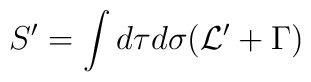
S'  = \int d\tau d\sigma ({\cal L}' + \Gamma)